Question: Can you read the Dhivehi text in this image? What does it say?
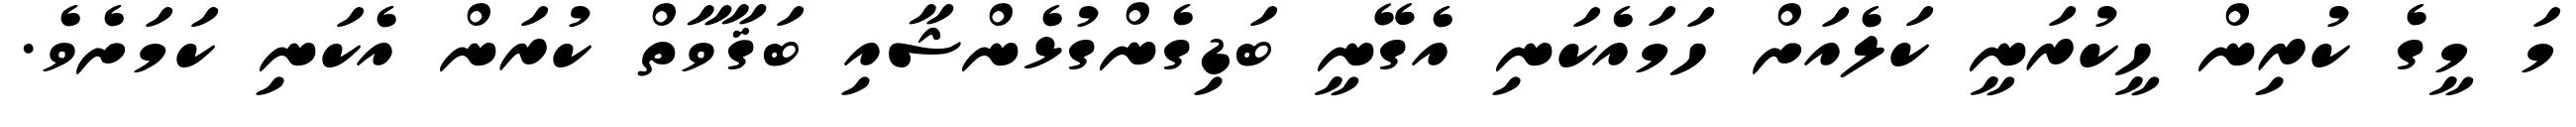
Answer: މަ މީގެ ކުރިން ހީކުރަނީ ކަލެއަށް ހަމައެކަނި އެގޭނީ ބަޑިގެންގުޅެންޝާއި ބަޤާވާތް ކުރަން އެކަނި ކަމަށެވެ.